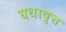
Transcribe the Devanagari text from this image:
यथावृत्त